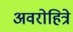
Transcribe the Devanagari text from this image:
अवरोहित्रे